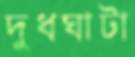
দুধঘাটা